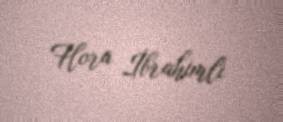
Flora İbrahimli